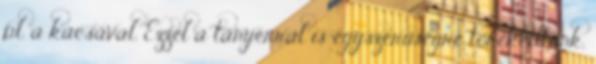
pl. a kacsával. Ezzel a tányérral is egyszerűségre törekedtünk,